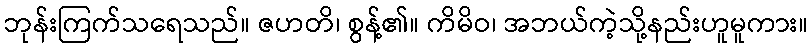
ဘုန်းကြက်သရေသည်။ ဇဟတိ၊ စွန့်၏။ ကိမိဝ၊ အဘယ်ကဲ့သို့နည်းဟူမူကား။